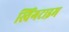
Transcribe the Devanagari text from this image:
स्विंगटाइम